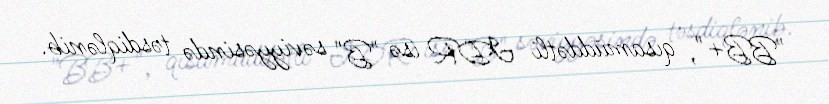
"BB+", qısamüddətli IDR isə "B" səviyyəsində təsdiqlənib.